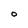
Character: O